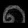
Digit: ၈